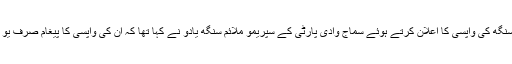
بینی پرساد ورما اور سابق بیسک ایجوکیشن منسٹر کرن پال سنگھ کی واپسی کا اعلان کرتے ہوئے سماج وادی پارٹی کے سپریمو ملائم سنگھ یادو نے کہا تھا کہ ان کی واپسی کا پیغام صرف یو پی ہی نہیں بلکہ دلی تک جائے گا اور اب دلی دور نہیں ہے۔